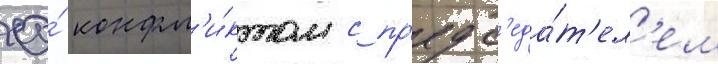
ео́ конфл'и́ктом с пр'едс'еда́т'ел'ем